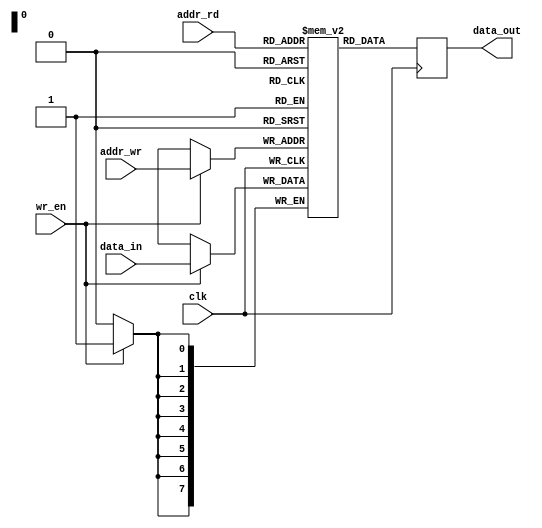
module dpram (clk, wr_en, data_in, addr_rd, addr_wr, data_out);
  parameter DATA_WIDTH = 8;
  parameter ADDR_WIDTH = 8;
  
  input clk, wr_en;
  input [DATA_WIDTH-1:0] data_in;
  input [ADDR_WIDTH-1:0] addr_rd, addr_wr;
  
  output reg [DATA_WIDTH-1:0] data_out;
  
  reg [DATA_WIDTH-1:0] ram [(2**ADDR_WIDTH)-1:0]; 
  reg [ADDR_WIDTH-1:0] addr_rd_d;
  
  always @(posedge clk)
    begin
      if (wr_en)
        ram[addr_wr] <= data_in;
      addr_rd_d <= addr_rd;
      data_out <= ram[addr_rd];
    end
endmodule